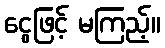
ငွေဖြင့် မကြည့်။